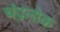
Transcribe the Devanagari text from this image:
चंद्रलोक